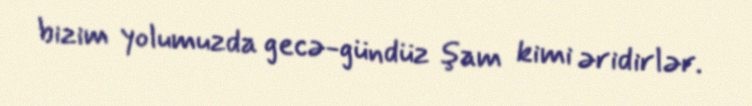
bizim yolumuzda gecə-gündüz şam kimi əridirlər.